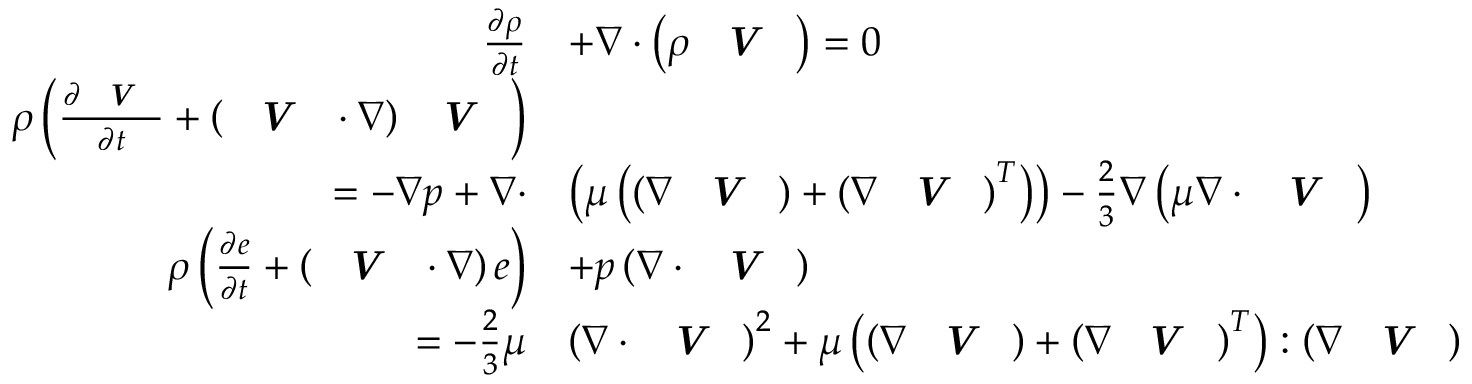
\begin{array} { r l } { \frac { \partial \rho } { \partial t } } & { + \nabla \cdot \left( \rho \textbf { \textit { V } } \right) = 0 } \\ { \rho \left( \frac { \partial \textbf { \textit { V } } } { \partial t } + \left( \textbf { \textit { V } } \cdot \nabla \right) \textbf { \textit { V } } \right) } & { } \\ { = - \nabla p + \nabla \cdot } & { \left( \mu \left( \left( \nabla \textbf { \textit { V } } \right) + \left( \nabla \textbf { \textit { V } } \right) ^ { T } \right) \right) - \frac { 2 } { 3 } \nabla \left( \mu \nabla \cdot \textbf { \textit { V } } \right) } \\ { \rho \left( \frac { \partial e } { \partial t } + \left( \textbf { \textit { V } } \cdot \nabla \right) e \right) } & { + p \left( \nabla \cdot \textbf { \textit { V } } \right) } \\ { = - \frac { 2 } { 3 } \mu } & { \left( \nabla \cdot \textbf { \textit { V } } \right) ^ { 2 } + \mu \left( \left( \nabla \textbf { \textit { V } } \right) + \left( \nabla \textbf { \textit { V } } \right) ^ { T } \right) : \left( \nabla \textbf { \textit { V } } \right) } \end{array}